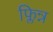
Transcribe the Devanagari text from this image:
फ्लिन्न